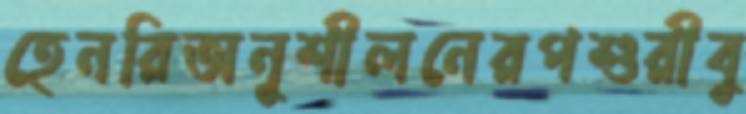
হেনরিঅনূশীলনেরপশুরীবু